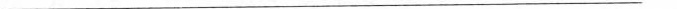
——————